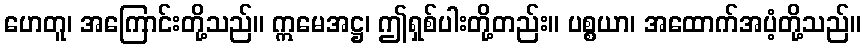
ဟေတူ၊ အကြောင်းတို့သည်။ ဣမေအဋ္ဌ၊ ဤရှစ်ပါးတို့တည်း။ ပစ္စယာ၊ အထောက်အပံ့တို့သည်။